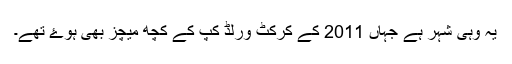
یہ وہی شہر ہے جہاں 2011 کے کرکٹ ورلڈ کپ کے کچھ میچز بھی ہوۓ تھے۔